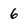
Character: 6